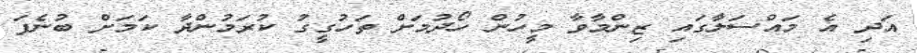
އަދި އެ މައްސަލާގައި ޒިންމާވާ މީހުން ހޯދުމަށް ތަހުގީގު ކުރަމުންދާ ކަމަށް ބުނެފަ